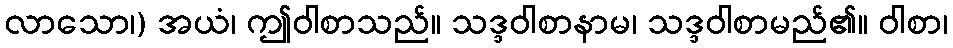
လာသော၊) အယံ၊ ဤဝါစာသည်။ သဒ္ဒဝါစာနာမ၊ သဒ္ဒဝါစာမည်၏။ ဝါစာ၊